Indian journal of veterinary science and animal husbandry - Volumes 18-21, 1948-1951
Year: 1948
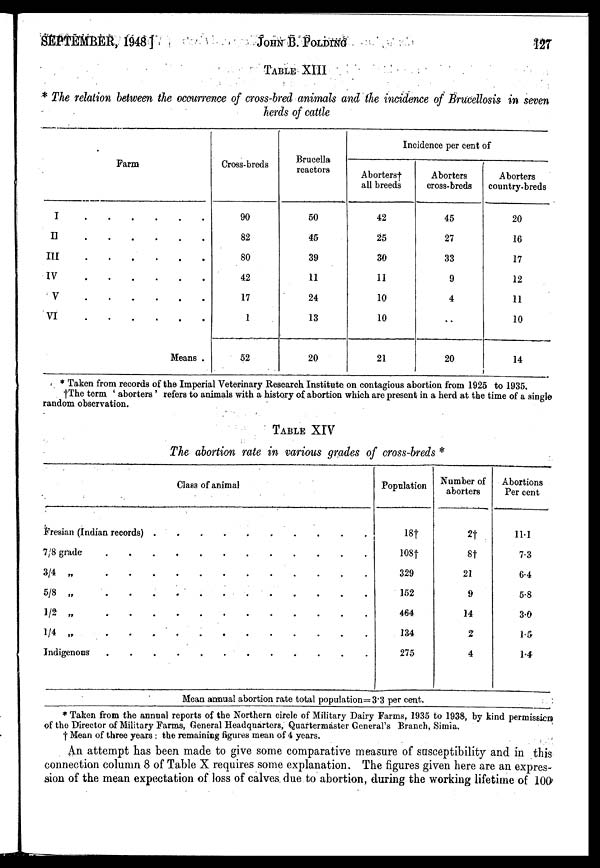
SEPTEMBER, 1948]
JOHN
B.
POLDING
127
TABLE XIII
* The relation between the occurrence of cross-bred animals and the incidence of Brucellosis in seven
herds of cattle
Farm
I
.
.
.
.
.
.
II . . . . . .
III . . . . . .
IV
.
.
.
.
.
.
V . . . . . .
VI
.
.
.
.
.
.
Means .
Cross-breds
90
82
80
42
17
1
52
Brucella
reactors
50
45
39
11
24
13
20
Incidence per cent of
Aborters†
all breeds
42
25
30
11
10
10
21
Aborters
cross-breds
45
27
33
9
4
..
20
Aborters
country-breds
20
16
17
12
11
10
14
* Taken from records of the Imperial Veterinary Research Institute on contagious abortion from 1925 to 1935.
†The term ' aborters ' refers to animals with a history of abortion which are present in a herd at the time of a single
random observation.
TABLE XIV
The abortion rate in various grades of cross-breds *
Class of animal
Fresian (Indian records) . . . . . .
7/8 grade . . . . . .
3/4 „
.
.
.
.
.
.
5/8 „ . . . . . .
1/2 „ . . . . . .
1/4 „ . . . . . .
Indigenous . . . . . .
Population
18†
108†
329
152
464
134
275
Number of
aborters
2†
8†
21
9
14
2
4
Abortions
Per cent
11.1
7.3
6.4
5.8
3.0
1.5
1.4
Mean annual abortion rate total population=3.3 per cent.
* Taken from the annual reports of the Northern circle of Military Dairy Farms, 1935 to 1938, by kind permission
of the Director of Military Farms, General Headquarters, Quartermaster General's Branch, Simla.
† Mean of three years ; the remaining figures mean of 4 years.
An attempt has been made to give some comparative measure of susceptibility and in this
connection column 8 of Table X requires some explanation. The figures given here are an expres-
sion of the mean expectation of loss of calves due to abortion, during the working lifetime of 100